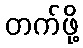
တက်ဖို့